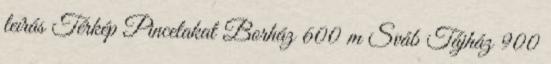
leírás Térkép Pincelakat Borház 600 m Sváb Tájház 900